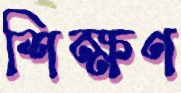
শিক্ষণ